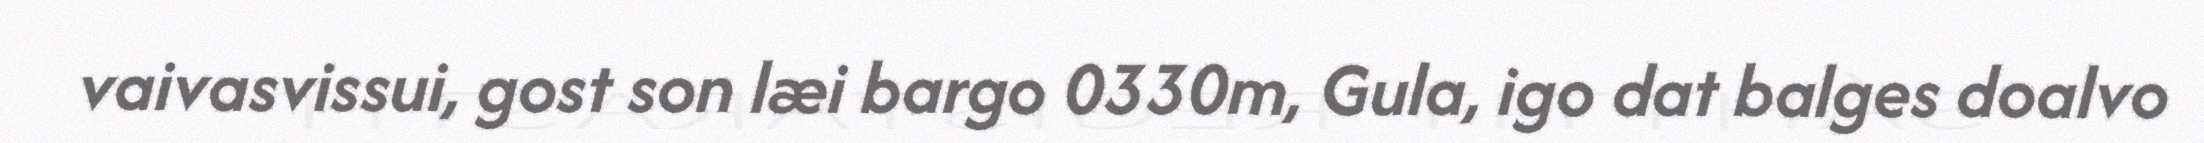
vaivasvissui, gost son læi bargo 0330m, Gula, igo dat balges doalvo